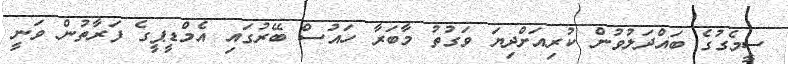
ސީމެގުގެ ބައްދަލުވުން ކުރިއަށްދިޔަ ވަގުތު މާބަރާ ހައުސް ބޭރުގައި އެމްޑީޕީގެ ފަރާތުން ވަނީ